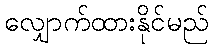
လျှောက်ထားနိုင်မည်